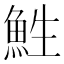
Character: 鮏